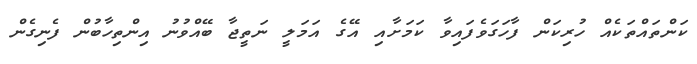
ކަންތައްތަކެއް ހުރިކަން ފާހަގަވެފައިވާ ކަމަށާއި އޭގެ އަމަލީ ނަތީޖާ ބޭއްވުނު އިންތިހާބުން ފެނިގެން